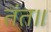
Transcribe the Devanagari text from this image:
तंत॥